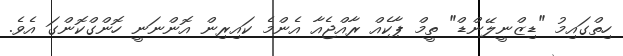
ހިތްގައިމު "ޑިޒްނީލޭންޑް" ތީމް ޕާކެއް ރާއްޖެއާ އެންމެ ކައިރިން އޮންނަނީ ހޮންގްކޮންގަ އެވެ.